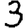
Digit: 3